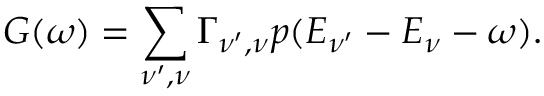
G ( \omega ) = \sum _ { \nu ^ { \prime } , \nu } \Gamma _ { \nu ^ { \prime } , \nu } p ( E _ { \nu ^ { \prime } } - E _ { \nu } - \omega ) .